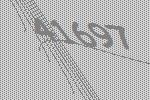
41697